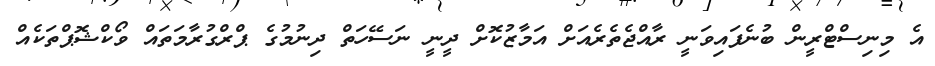
އެ މިނިސްޓްރީން ބުނެފައިވަނީ ރާއްޖެތެރެއަށް އަމާޒުކޮށް ދީނީ ނަސޭހަތް ދިނުމުގެ ޕްރްގުރާމަތައް ވޯކްޝޮޕްތަކެއް